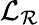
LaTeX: \mathcal{L}_{\mathcal{R}}